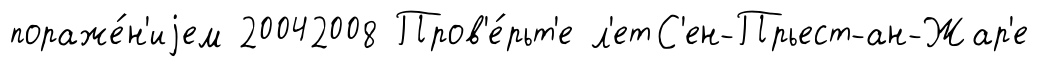
пораже́н'иjем 20042008 Пров'е́рьт'е л'етС'ен-Прьест-ан-Жар'е